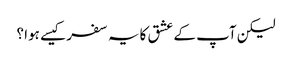
لیکن آپ کے عشق کا یہ سفر کیسے ہوا ؟